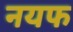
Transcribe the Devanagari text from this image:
नयफ